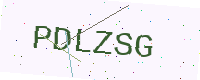
Text: PDLZSG